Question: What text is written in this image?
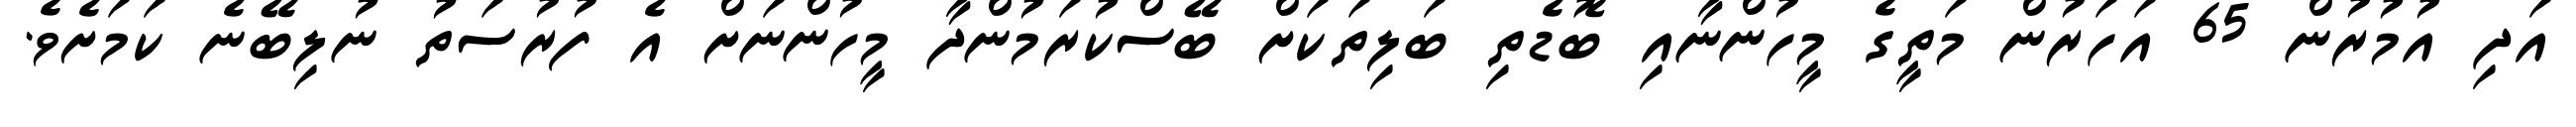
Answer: އަދި އުމުރުން 65 އަހަރުން މަތީގެ މީހުންނާއި ބޮޑެތި ބަލިތަކަށް ބޭސްކުރަމުންދާ މީހުންނަށް އެ ފުރުސަތު ނުލިބޭނެ ކަމަށެވެ.